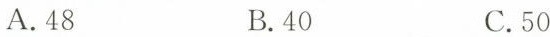
A.48 B.40 C.50